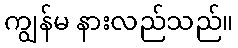
ကျွန်မ နားလည်သည်။